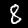
Digit: 8